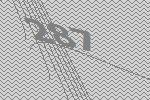
287